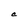
Character: C